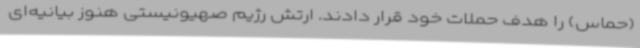
(حماس) را هدف حملات خود قرار دادند. ارتش رژیم صهیونیستی هنوز بیانیه‌ای